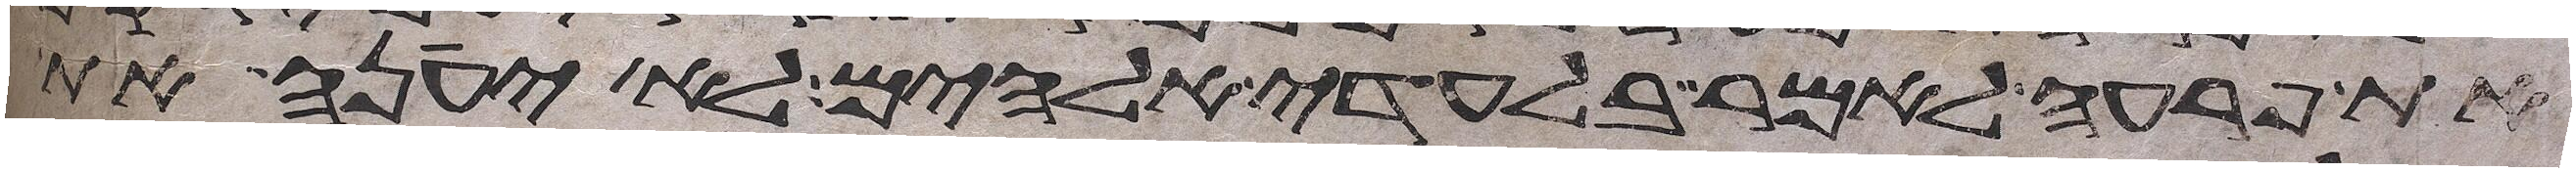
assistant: את פרעה לאמר בלעדי אלהים לא יענה את